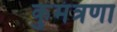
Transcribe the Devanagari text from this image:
कुमंत्रणा